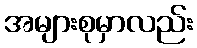
အများစုမှာလည်း